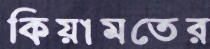
কিয়ামতের